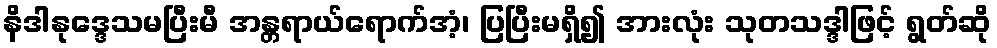
နိဒါနုဒ္ဒေသမပြီးမီ အန္တရာယ်ရောက်အံ့၊ ပြပြီးမရှိ၍ အားလုံး သုတသဒ္ဒါဖြင့် ရွတ်ဆို